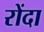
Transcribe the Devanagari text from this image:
रोंदा